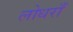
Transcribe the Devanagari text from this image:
लोधराँ